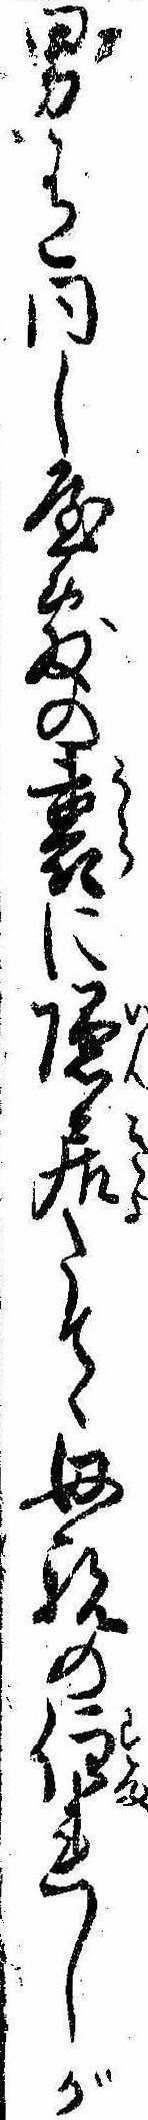
男有同し屋敷の裏に隠居たてゝ母親の住れしが